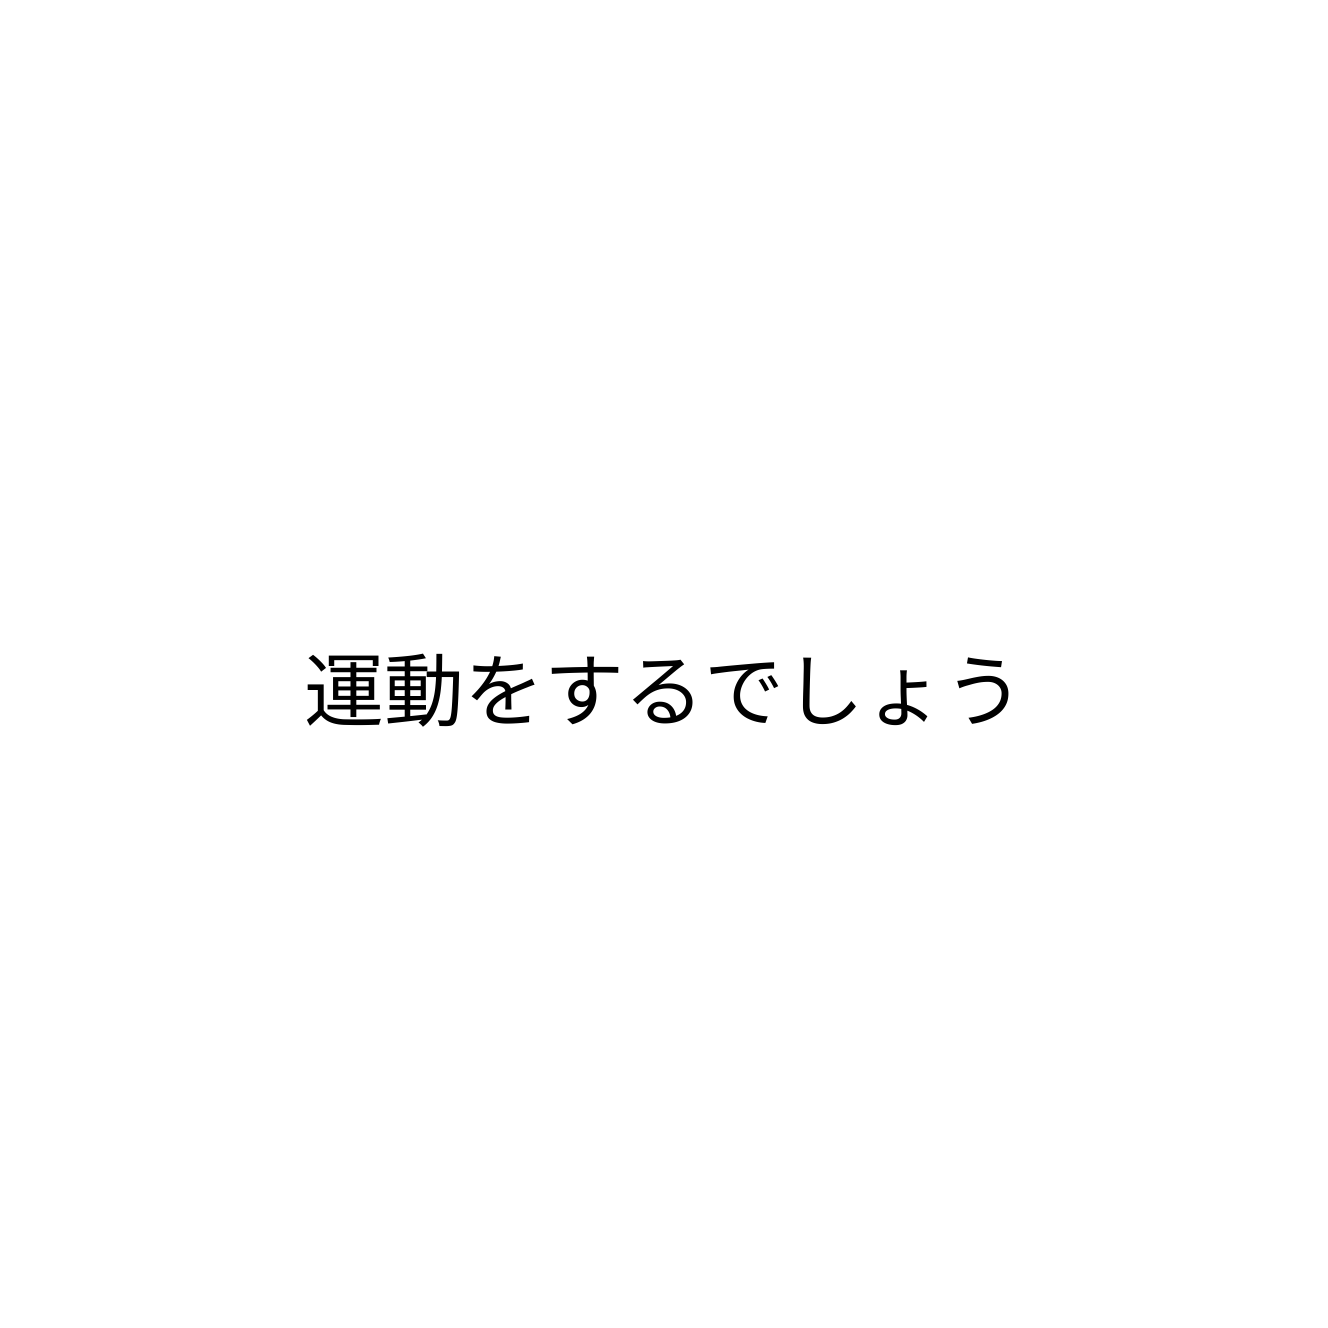
運動をするでしょう